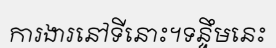
ការងារនៅទីនោះ។ទន្ទឹមនេះ